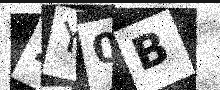
Text: 2Y0B